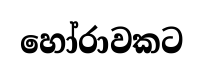
හෝරාවකට